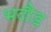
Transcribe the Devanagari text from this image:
भदौड़